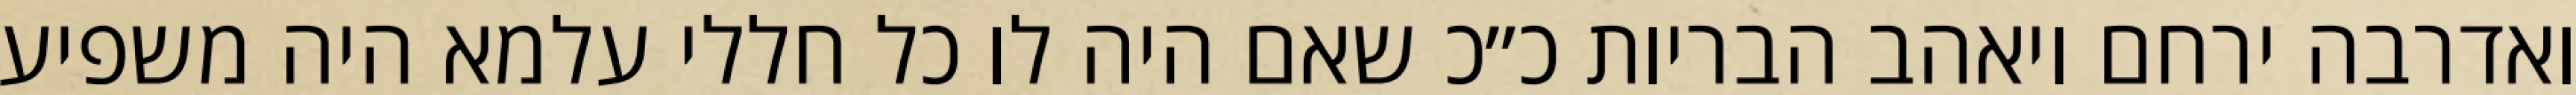
ואדרבה ירחם ויאהב הבריות כ״כ שאם היה לו כל חללי עלמא היה משפיע